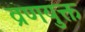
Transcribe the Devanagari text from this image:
व्रणयुक्त